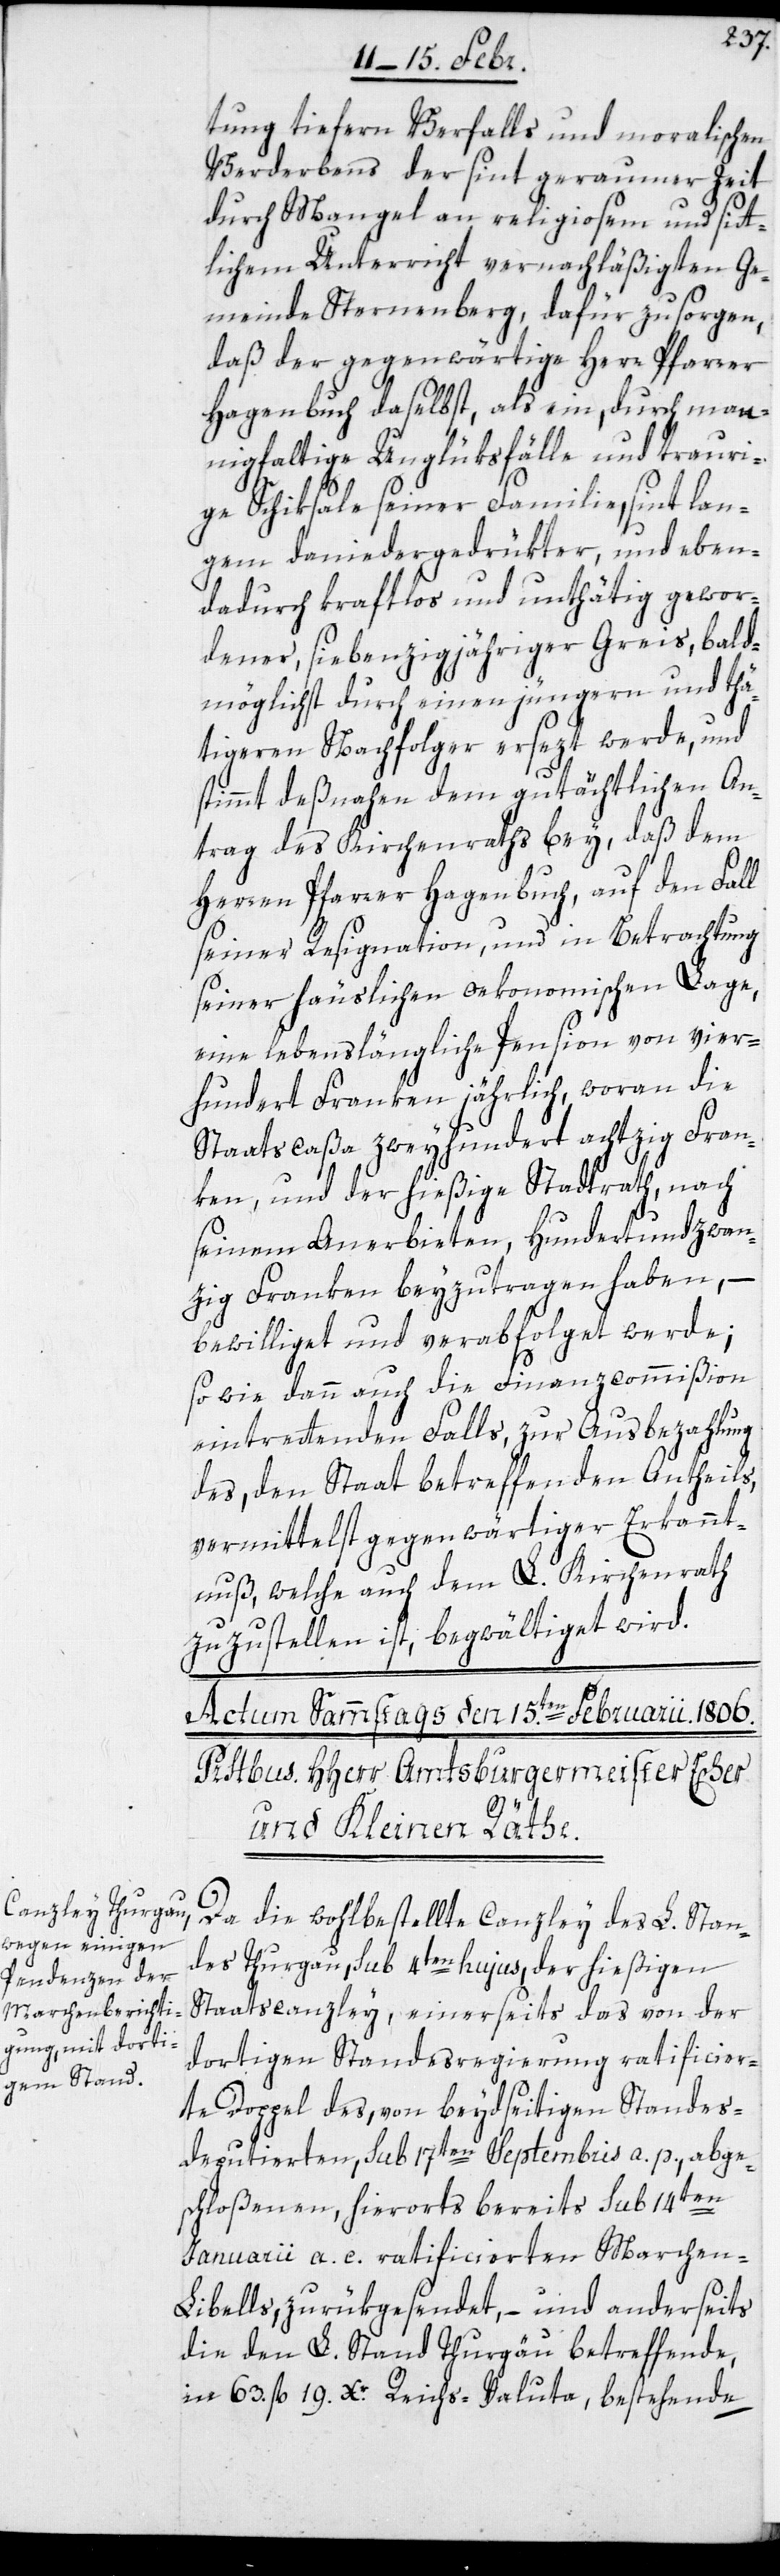
tung tiefern Verfalls und moralischen
Verderbens, der sint geraumer Zeit
durch Mangel an religiosem und sitt¬
lichem Unterricht vernachläßigten Ge¬
meinde Sternenberg, dafür zu sorgen,
daß der gegenwärtige Herr Pfarrer
Hagenbuch daselbst, als ein, durch man¬
nigfaltige Unglüksfälle und trauri¬
ge Schiksale seiner Familie, sint lan¬
gem daniedergedrükter, und eben¬
dadurch kraftlos und unthätig gewor¬
dener, siebenzigjähriger Greis, bald¬
möglichst durch einen jüngern und thä¬
tigeren Nachfolger ersezt werde, und
stimmt deßnahen dem gutächtlichen An¬
trag des Kirchenraths bey, daß dem
Herren Pfarrer Hagenbuch, auf den Fall
seiner Resignation, und in Betrachtung
seiner häuslichen oekonomischen Lage,
eine lebenslängliche Pension von vier¬
hundert Franken jährlich, woran die
Staatscaßa zweyhundert achtzig Fran¬
ken, und der hießige Stadtrath, nach
seinem Anerbieten, hundertundzwan¬
zig Franken beyzutragen haben, –
bewilliget und verabfolget werde;
sowie dann auch die Finanzcommißion
eintrettenden Falls, zur Ausbezahlung
des, den Staat betreffenden Antheils,
vermittelst gegenwärtiger Erkannt¬
nuß, welche auch dem L. Kirchenrath
zuzustellen ist, begwältiget wird.
Da die wohlbestellte Canzley des L. Stan¬
des Thurgau, sub 4ten hujus, der hießigen
Staatscanzley, einerseits das von der
dortigen Standesregierung ratificier¬
te Doppel des, von beydseitigen Standes¬
deputierten, sub 17ten Septembris a. p., abge¬
schloßenen, hierorts bereits sub 14ten
Januarii a. c. ratificierten Marchen-L¬
ibells, zurükgesendet, – und anderseits
die den L. Stand Thurgäu betreffende,
in 63. fl. 19. Xr. Reichs-Valuta, bestehende